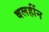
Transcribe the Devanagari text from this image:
बलहींन